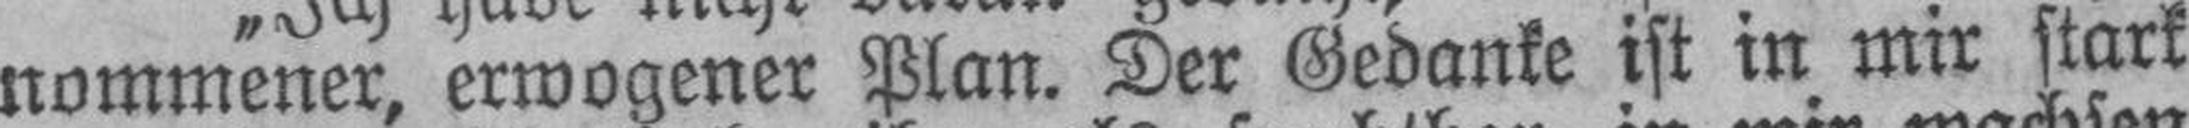
nommener, erwogener Plan. Der Gedanke ist in mir stark